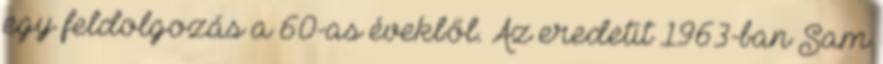
egy feldolgozás a 60-as évekből. Az eredetit 1963-ban Sam